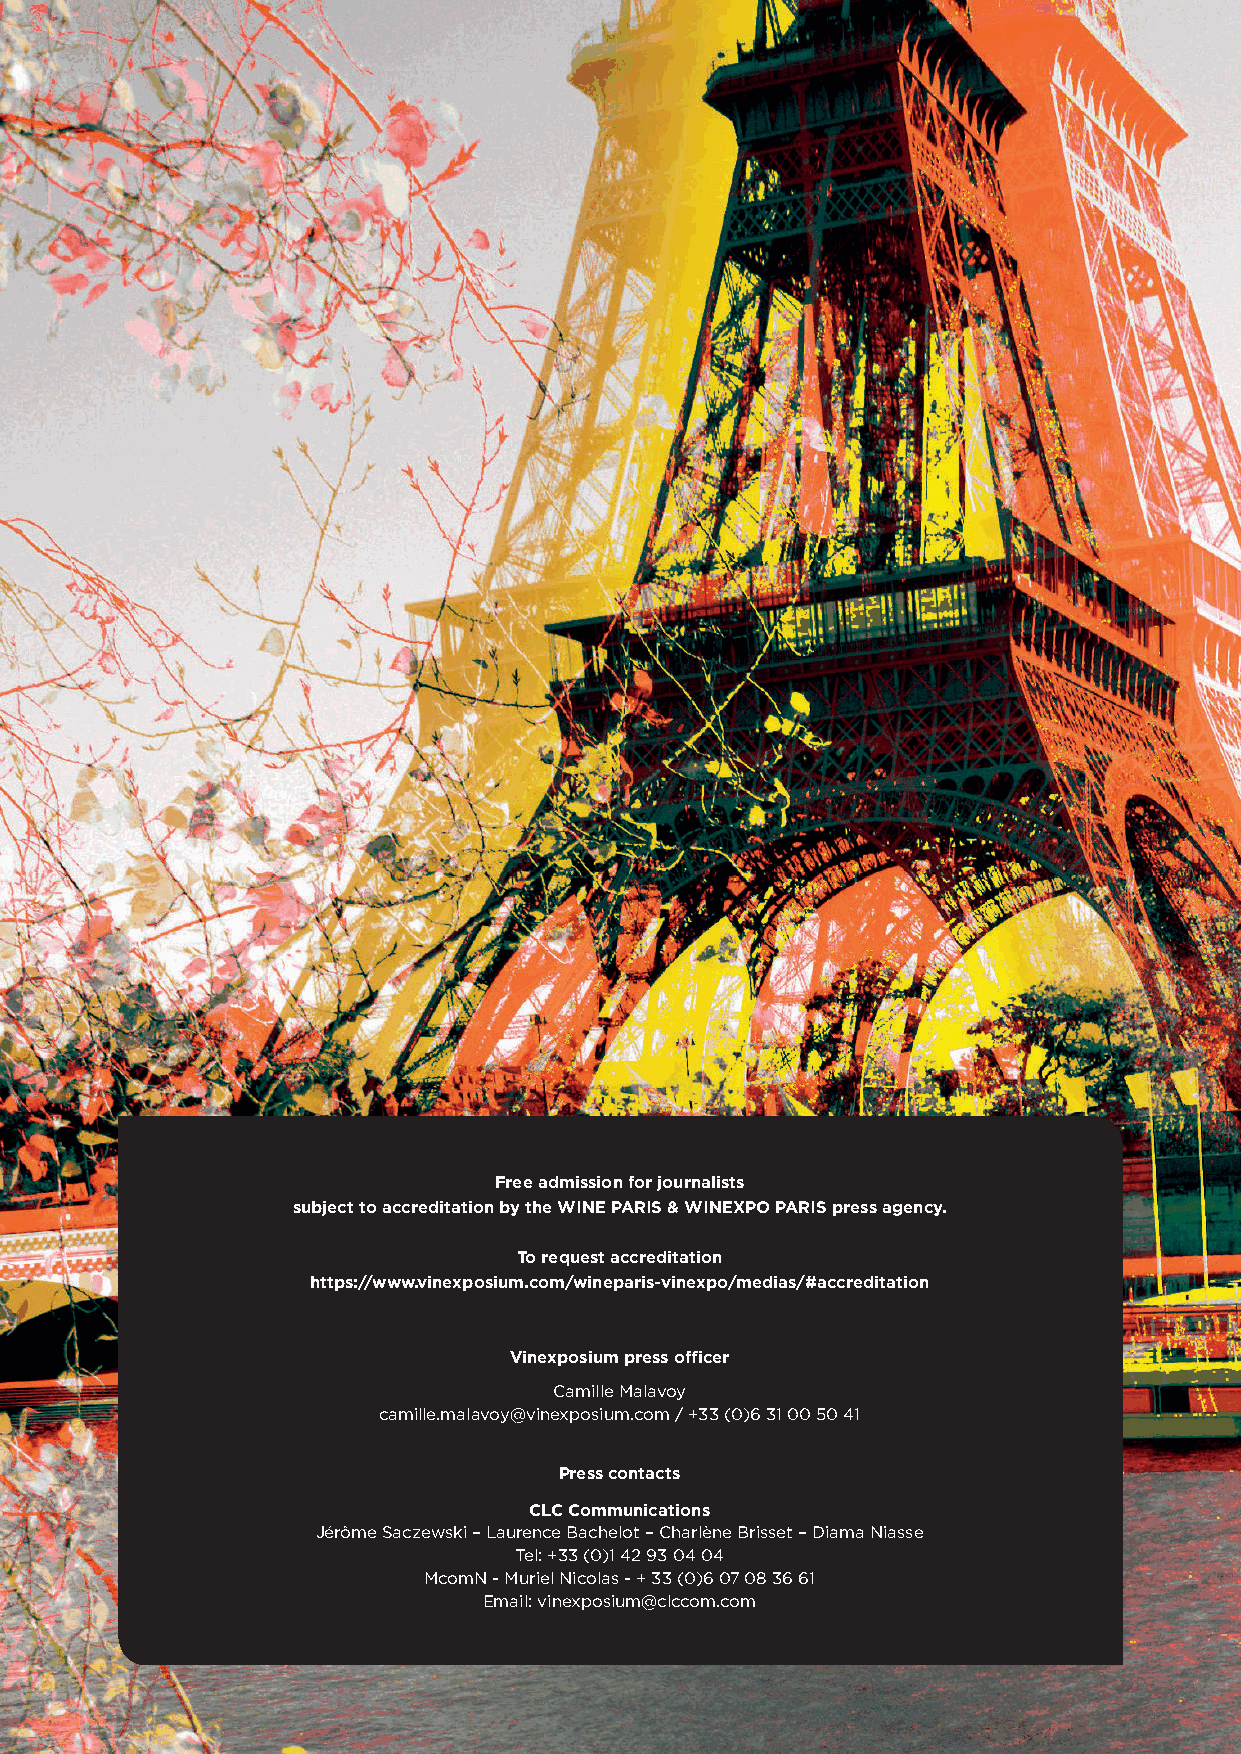
Free admission for journalists
 subject to accreditation by the WINE PARIS & WINEXPO PARIS press agency.
 To request accreditation
 https://www.vinexposium.com/wineparis-vinexpo/medias/#accreditation
 Vinexposium press officer
 Camille Malavoy
 camille.malavoy@vinexposium.com / +33 (0)6 31 00 50 41
 Press contacts
 CLC Communications
 Jérôme Saczewski – Laurence Bachelot – Charlène Brisset – Diama Niasse
 Tel: +33 (0)1 42 93 04 04
 McomN - Muriel Nicolas - + 33 (0)6 07 08 36 61
 Email: vinexposium@clccom.com